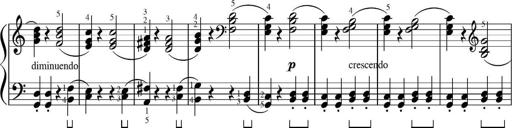
Title: Sonatinas
Composer: Andrew Violette